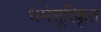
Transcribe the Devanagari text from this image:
धर्मसूरिकृत